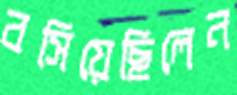
বসিয়েছিলেন